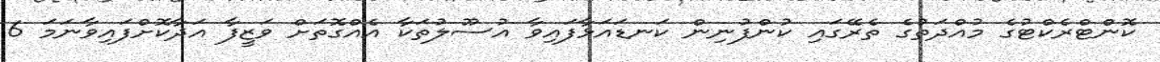
ކޮންޓްރެކްޓުގެ މުއްދަތުގެ ތެރޭގައި ކުންފުނިން ކަނޑައަޅާފައިވާ އުސޫލުތަކާ އެއްގޮތަށް ވަޒީފާ އަދާކޮށްފައިވާނަމަ 6